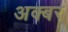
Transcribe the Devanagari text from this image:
अक्बर